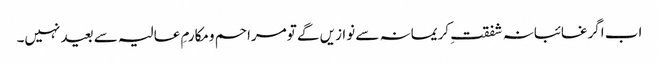
اب اگرغائبانہ شفقتِ کریمانہ سے نوازیں گے تومراحم ومکارمِ عالیہ سے بعید نہیں۔